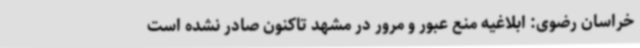
خراسان رضوی: ابلاغیه منع عبور و مرور در مشهد تاکنون صادر نشده است